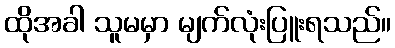
ထိုအခါ သူမမှာ မျက်လုံးပြူးရသည်။